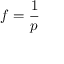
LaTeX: f = { \frac { 1 } { p } }